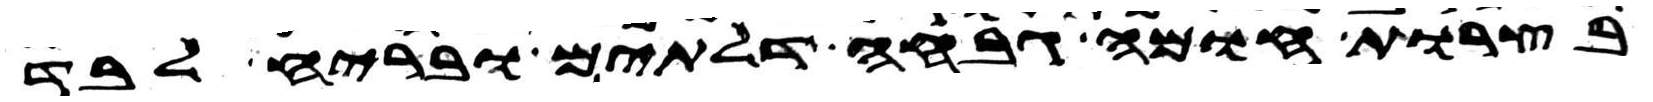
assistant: בצרות חומה גבחה דלתים ובריח לבד